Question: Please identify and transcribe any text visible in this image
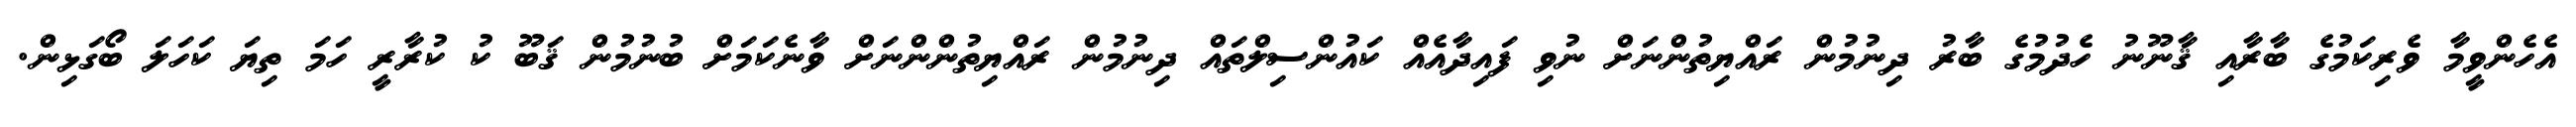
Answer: އެހެންވީމާ ވެރިކަމުގެ ބާރާއި ޤާނޫނު ހެދުމުގެ ބާރު ދިނުމުން ރައްޔިތުންނަށް ނުވި ފައިދާއެއް ކައުންސިލްތައް ދިނުމުން ރައްޔިތުންންނަށް ވާނެކަމަށް ބުނުމުން ޤަބޫ ކު ކުރާރީ ހަމަ ތިޔަ ކަހަލަ ބޯގަޅިން.